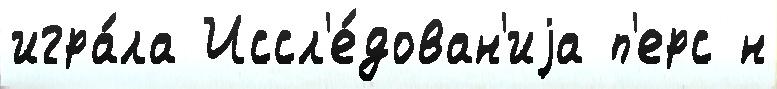
игра́ла Иссл'е́дован'иjа п'ерс н